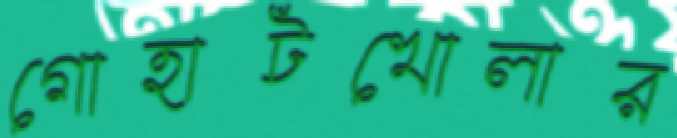
গোহাটখোলার